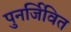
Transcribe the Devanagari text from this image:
पुनर्जिवित